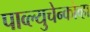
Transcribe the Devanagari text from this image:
पाव्ल्युचेन्कोव्हा